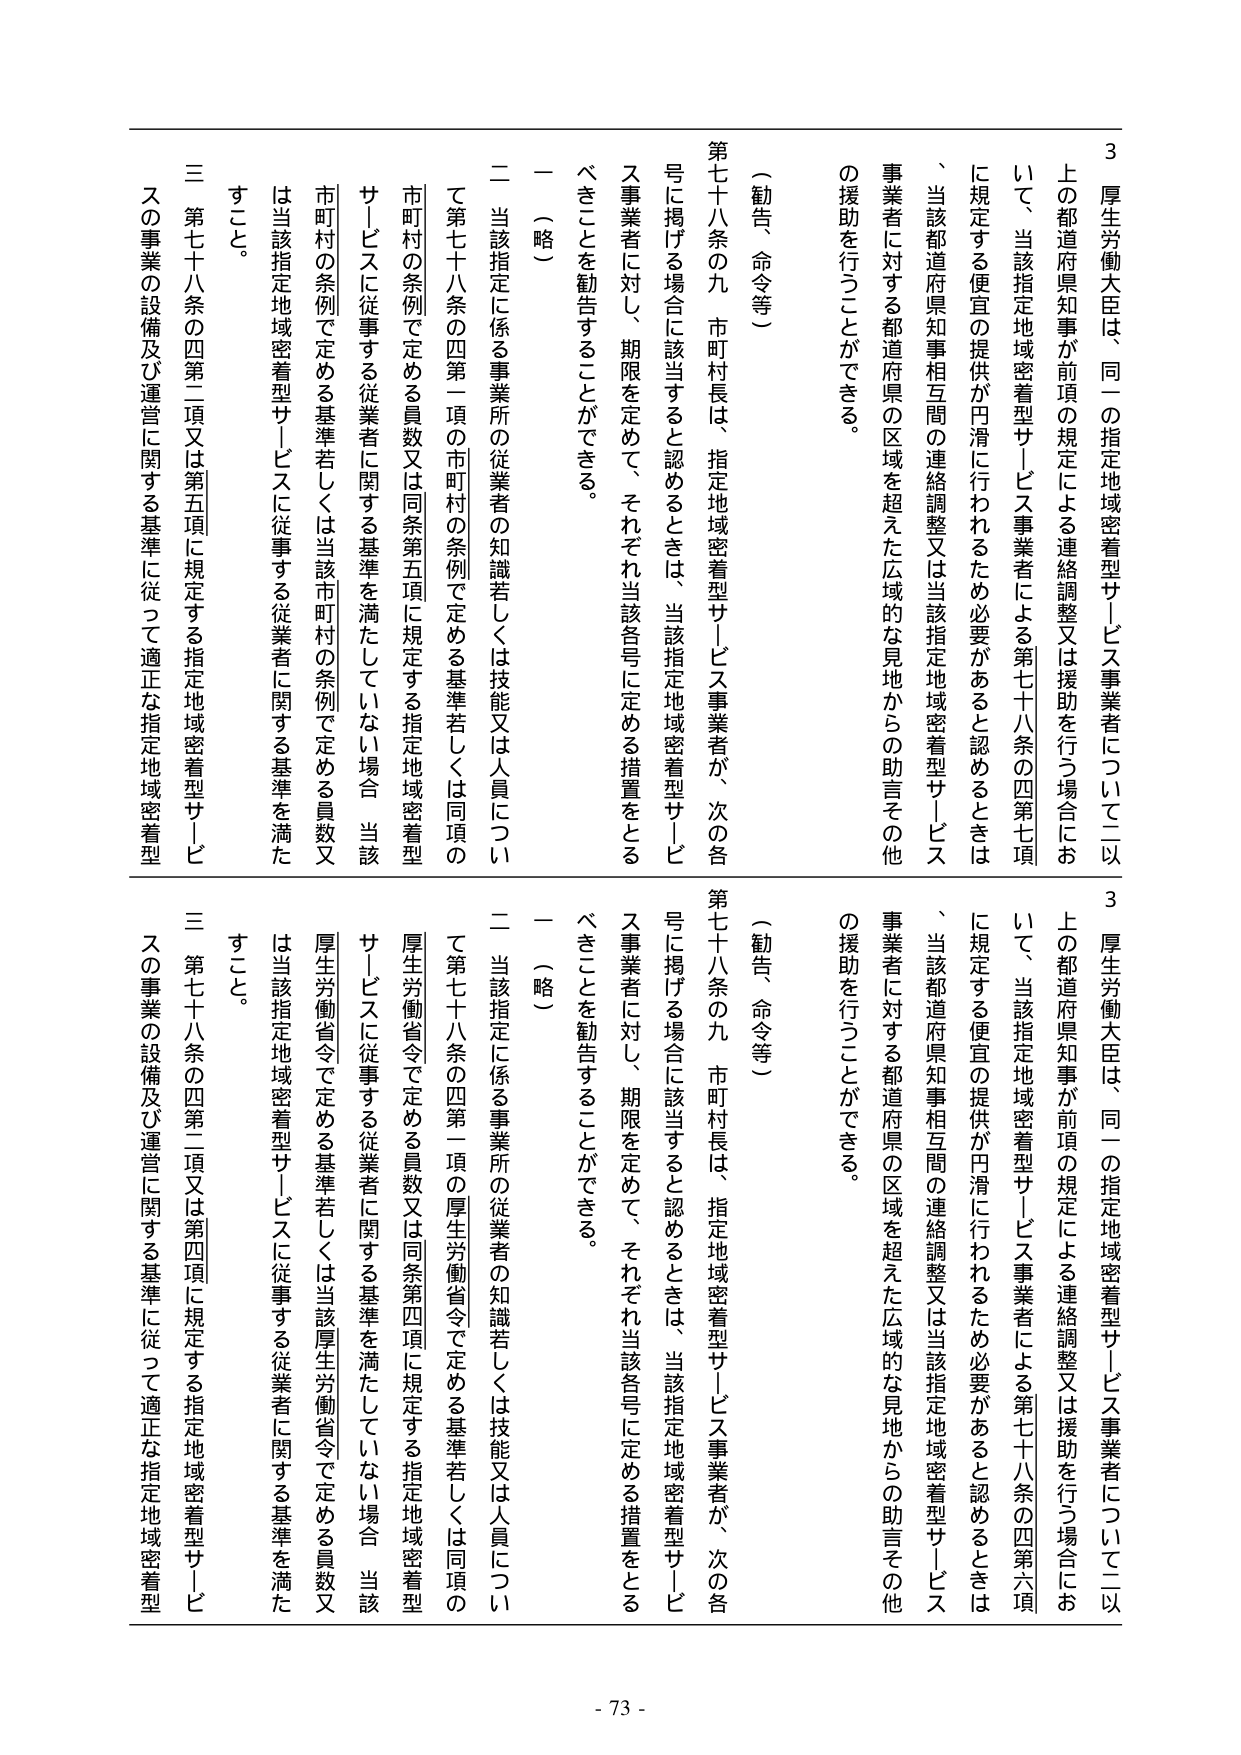
3 厚生労働大臣は、同一の指定地域密着型サービス事業者について二以上の都道府県知事が前項の規定による連絡調整又は援助を行う場合において、当該指定地域密着型サービス事業者による第七十八条の四第七項に規定する便宜の提供が円滑に行われるため必要があると認めるときは、当該都道府県知事相互間の連絡調整又は当該指定地域密着型サービス事業者に対する都道府県の区域を超えた広域的な見地からの助言その他 の援助を行うことができる。

（勧告、命令等）

第七十八条の九 市町村長は、指定地域密着型サービス事業者が、次の各号に掲げる場合に該当すると認めるときは、当該指定地域密着型サービス事業者に対し、期限を定めて、それぞれ当該各号に定める措置をとるべきことを勧告することができる。

一 （略）

二 当該指定に係る事業所の従業者の知識若しくは技能又は人員について第七十八条の四第一項の市町村の条例で定める基準若しくは同項の市町村の条例で定める員数又は同条第五項に規定する指定地域密着型サービスに従事する従業者に関する基準を満たしていない場合 当該市町村の条例で定める基準若しくは当該市町村の条例で定める員数又は当該指定地域密着型サービスに従事する従業者に関する基準を満たすこと。

三 第七十八条の四第二項又は第五項に規定する指定地域密着型サービスの事業の設備及び運営に関する基準に従って適正な指定地域密着型

3 厚生労働大臣は、同一の指定地域密着型サービス事業者について二以上の都道府県知事が前項の規定による連絡調整又は援助を行う場合において、当該指定地域密着型サービス事業者による第七十八条の四第六項に規定する便宜の提供が円滑に行われるため必要があると認めるときは、当該都道府県知事相互間の連絡調整又は当該指定地域密着型サービス事業者に対する都道府県の区域を超えた広域的な見地からの助言その他 の援助を行うことができる。

（勧告、命令等）

第七十八条の九 市町村長は、指定地域密着型サービス事業者が、次の各号に掲げる場合に該当すると認めるときは、当該指定地域密着型サービス事業者に対し、期限を定めて、それぞれ当該各号に定める措置をとるべきことを勧告することができる。

一 （略）

二 当該指定に係る事業所の従業者の知識若しくは技能又は人員について第七十八条の四第一項の厚生労働省令で定める基準若しくは同項の厚生労働省令で定める員数又は同条第四項に規定する指定地域密着型サービスに従事する従業者に関する基準を満たしていない場合 当該厚生労働省令で定める基準若しくは当該厚生労働省令で定める員数又は当該指定地域密着型サービスに従事する従業者に関する基準を満たすこと。

三 第七十八条の四第二項又は第四項に規定する指定地域密着型サービスの事業の設備及び運営に関する基準に従って適正な指定地域密着型

- 73 -